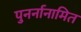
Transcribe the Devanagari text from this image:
पुनर्नानामित